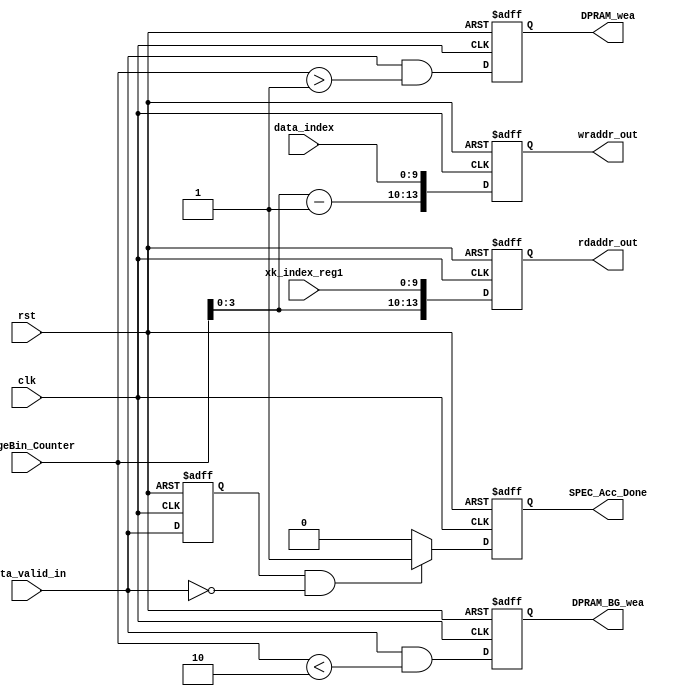
module SPEC_Acc(
    input wire clk,
    input wire rst,
    // input [31:0] data_in,
	input wire data_valid_in,
    input wire [9:0] xk_index_reg1,			//data_index34ʱӣɶַ
    input wire [9:0] data_index,
	input wire [4:0] RangeBin_Counter,			// 1ʼ
	
    output reg [13:0] wraddr_out,
    output reg [13:0] rdaddr_out,
	output reg DPRAM_wea,
	output reg DPRAM_BG_wea,
	output reg SPEC_Acc_Done					// ۼӽı־ź
	);

reg working;

// ۼӹ̵Ľеı־ź
always @(posedge clk or posedge rst)
begin
    if(rst == 1)
        working <= 0;
    else
        working <= data_valid_in;
end

// ۼӽı־ź
always @(posedge clk or posedge rst)
begin
    if(rst == 1)
        SPEC_Acc_Done <= 0;
    else if(working==1 && data_valid_in==0)
        SPEC_Acc_Done <= 1;
	else
        SPEC_Acc_Done <= 0;
end

// DPRAMַ
always @(posedge clk or posedge rst)
begin
    if(rst == 1)
        rdaddr_out <= 0;
    else
        rdaddr_out <= {RangeBin_Counter, xk_index_reg1};
end

// DPRAMдַ
always @(posedge clk or posedge rst)
begin
    if(rst == 1)
        wraddr_out <= 0;
    else
        wraddr_out <= {RangeBin_Counter-1, data_index};
end

// DPRAM_BGʹźţڵһʹ
// δ
always @(posedge clk or posedge rst)
begin
    if(rst == 1)
        DPRAM_BG_wea <= 0;
    else
        DPRAM_BG_wea <= data_valid_in && (RangeBin_Counter < 2);
end

// ۼӹ̵ʹܿź
// δ
always @(posedge clk or posedge rst)
begin
    if(rst == 1)
        DPRAM_wea <= 0;
    else
        DPRAM_wea <= data_valid_in && (RangeBin_Counter > 1);
end

endmodule